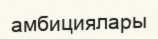
амбициялары